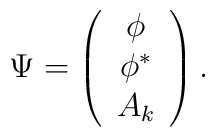
\Psi = \left(\begin{array}{c} \phi \\ \phi^{\ast} \\ A_{k} \end{array} \right).